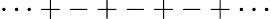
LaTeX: \cdots+-+-+-+\cdots